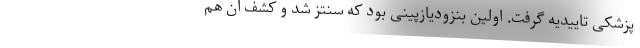
پزشکی تاییدیه گرفت. اولین بنزودیازپینی بود که سنتز شد و کشف آن هم